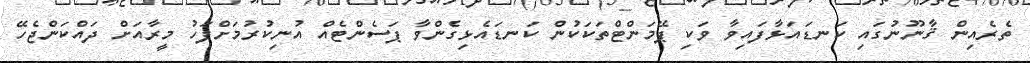
ތެރެއިން ޤާނޫނުގައި ކަނޑައަޅާފައިވާ ވަކި ޕޭމަންޓްތަކަކުން ކަނޑައެޅިގެންވާ ޕަސެންޓެއް އުނިކުރުމަށްފަހު މީރާއަށް ދައްކަންޖެހޭ